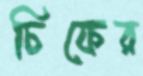
চিফের